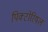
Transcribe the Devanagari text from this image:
पिक्टोरियल